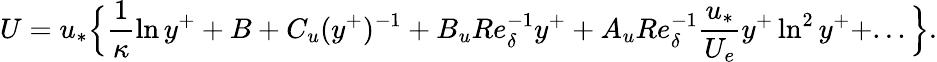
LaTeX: U=u_{*}\Big\{ \frac{1}{\kappa}\ln y^{+}+B+C_{u}(y^{+})^{-1}+B_{u}Re_{\delta}^{-1}y^{+}+A_{u}Re_{\delta}^{-1}\frac{u_{*}}{U_{e}}y^{+}\ln^{2}y^{+}+...\Big\} .